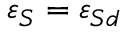
\varepsilon _ { S } = \varepsilon _ { S d }